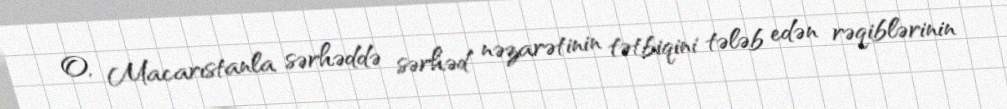
O, Macarıstanla sərhəddə sərhəd nəzarətinin tətbiqini tələb edən rəqiblərinin